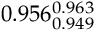
0 . 9 5 6 _ { 0 . 9 4 9 } ^ { 0 . 9 6 3 }